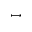
\scriptstyle \longmapsto